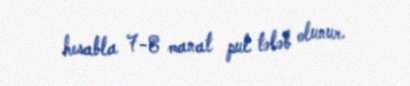
hesabla 7-8 manat pul tələb olunur.